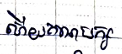
ហើយគណបក្ស